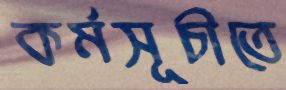
কর্মসূচীতে